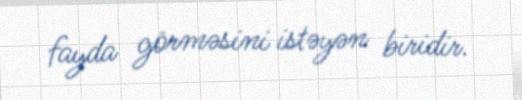
fayda görməsini istəyən biridir.